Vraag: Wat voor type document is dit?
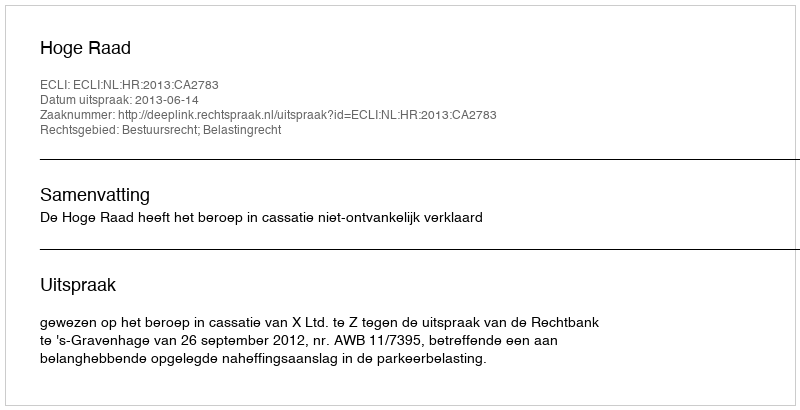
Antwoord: Uitspraak